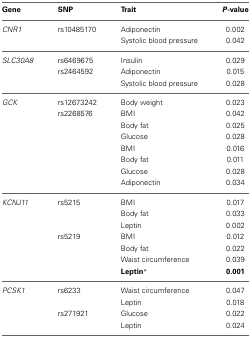
| Gene | SNP | Trait | P-value |
 | --- | --- | --- | --- |
 | CNR1 | rs10485170 | Adiponectin | 0.002 |
 |  |  | Systolic blood pressure | 0.042 |
 | SLC30A8 | rs6469675 | Insulin | 0.029 |
 |  | rs2464592 | Adiponectin | 0.015 |
 |  |  | Systolic blood pressure | 0.028 |
 | GCK | rs12673242 | Body weight | 0.023 |
 |  | rs2268576 | BMI | 0.042 |
 |  |  | Body fat | 0.025 |
 |  |  | Glucose | 0.028 |
 |  |  | BMI | 0.016 |
 |  |  | Body fat | 0.011 |
 |  |  | Glucose | 0.028 |
 |  |  | Adiponectin | 0.034 |
 | KCNJ11 | rs5215 | BMI | 0.017 |
 |  |  | Body fat | 0.033 |
 |  |  | Leptin | 0.002 |
 |  | rs5219 | BMI | 0.012 |
 |  |  | Body fat | 0.022 |
 |  |  | Waist circumference | 0.039 |
 |  |  | Leptin* | 0.001 |
 | PCSK1 | rs6233 | Waist circumference | 0.047 |
 |  |  | Leptin | 0.018 |
 |  | rs271921 | Glucose | 0.022 |
 |  |  | Leptin | 0.024 |